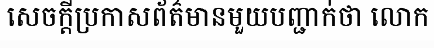
សេចក្តីប្រកាសព័ត៌មានមួយបញ្ជាក់ថា លោក